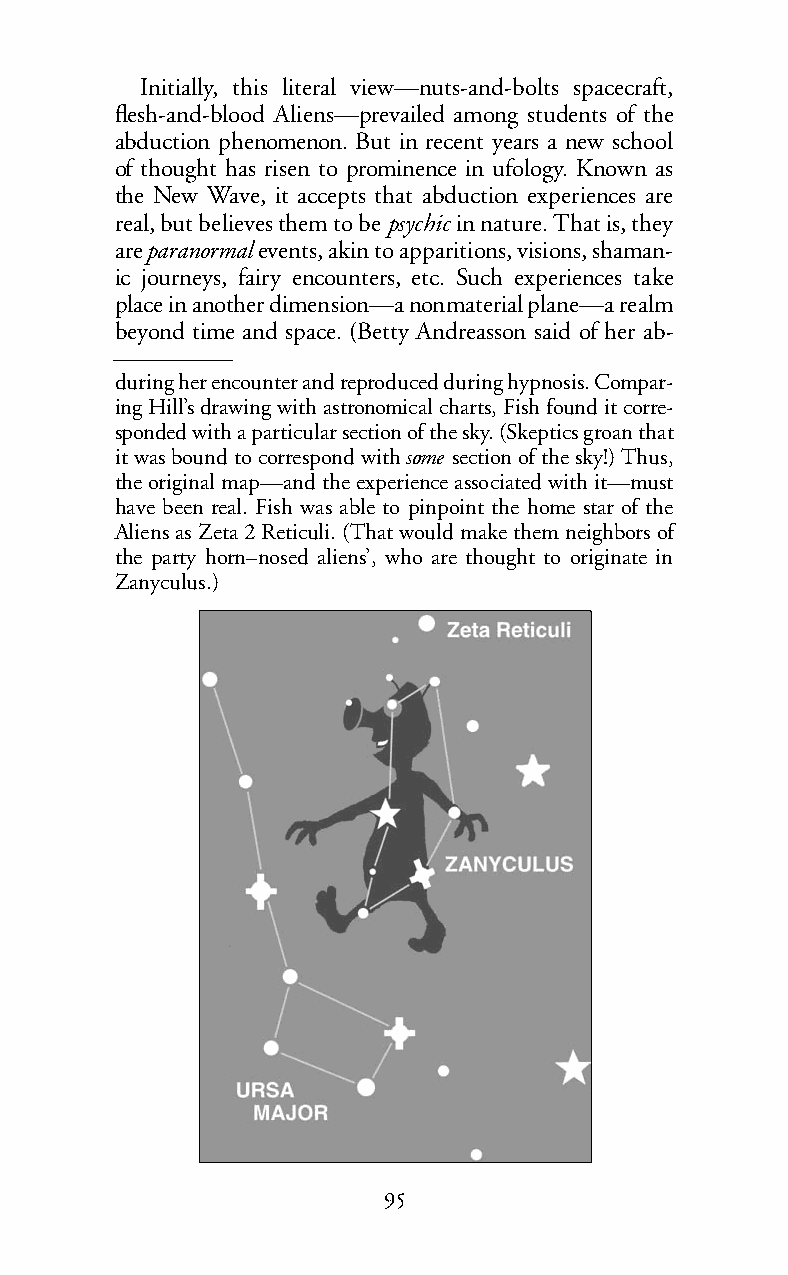
Initially, this literal view—nuts-and-bolts spacecraft,
 flesh-and-blood Aliens—prevailed among students of the
 abduction phenomenon. But in recent years a new school
 of thought has risen to prominence in ufology. Known as
 the New Wave, it accepts that abduction experiences are
 real, but believes them to be psychic in nature. That is, they
 areparanormalevents, akin to apparitions, visions, shaman-
 ic journeys, fairy encounters, etc. Such experiences take
 place in another dimension—a nonmaterial plane—a realm
 beyond time and space. (Betty Andreasson said of her ab-
 during her encounter and reproduced during hypnosis. Compar-
 ing Hill’s drawing with astronomical charts, Fish found it corre-
 sponded with a particular section of the sky. (Skeptics groan that
 it was bound to correspond withsome section of the sky!) Thus,
 the original map—and the experience associated with it—must
 have been real. Fish was able to pinpoint the home star of the
 Aliens as Zeta 2 Reticuli. (That would make them neighbors of
 the party horn–nosed aliens’, who are thought to originate in
 Zanyculus.)
 